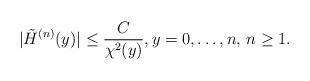
LaTeX: \begin{align*} |\tilde H^{(n)}(y)|\le \frac{C}{\chi^2(y)} ,y=0,\ldots,n,\,n\ge1.\end{align*}